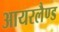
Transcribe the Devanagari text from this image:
आयरलैण्‍ड